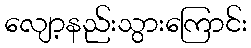
လျော့နည်းသွားကြောင်း